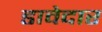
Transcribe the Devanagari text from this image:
डावेदार